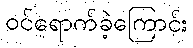
ဝင်ရောက်ခဲ့ကြောင်း